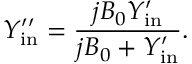
Y _ { \mathrm { i n } } ^ { \prime \prime } = \frac { j B _ { 0 } Y _ { \mathrm { i n } } ^ { \prime } } { j B _ { 0 } + Y _ { \mathrm { i n } } ^ { \prime } } .